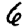
Digit: 6